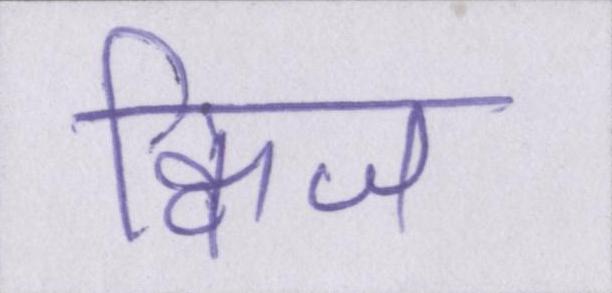
क्विज